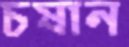
চষান